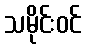
သမိုင်းဝင်